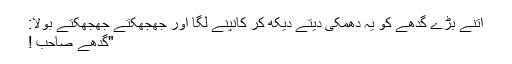
اتنے بڑے گدھے کو یہ دھمکی دیتے دیکھ کر کانپنے لگا اور جھجھکتے جھجھکتے بولا:
"گدھے صاحب !